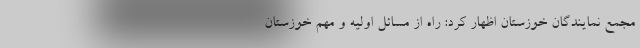
مجمع نمایندگان خوزستان اظهار کرد: راه از مسائل اولیه و مهم خوزستان